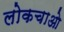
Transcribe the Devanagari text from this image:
लोकचाओ